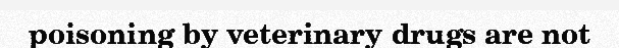
poisoning by veterinary drugs are not